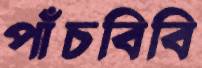
পাঁচবিবি